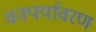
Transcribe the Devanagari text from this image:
वनपर्यावरण